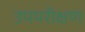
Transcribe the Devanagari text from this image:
उपपरीक्षण